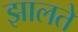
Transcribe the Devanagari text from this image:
झालते